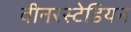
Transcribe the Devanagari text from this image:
वीनरस्टेडियन